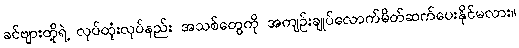
ခင်ဗျားတို့ရဲ့ လုပ်ထုံးလုပ်နည်း အသစ်တွေကို အကျဉ်းချုပ်လောက်မိတ်ဆက်ပေးနိုင်မလား။